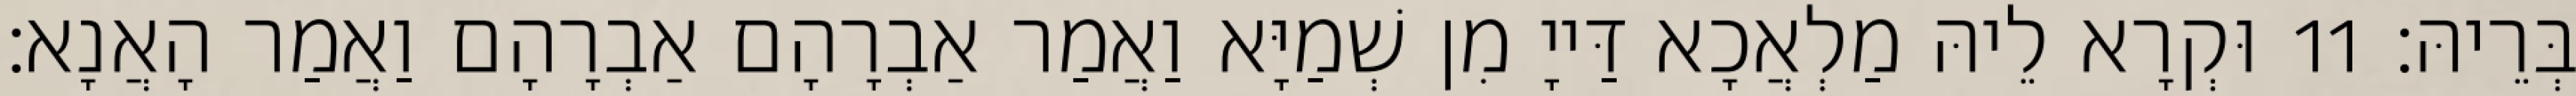
בְּרֵיהּ׃ 11 וּקְרָא לֵיהּ מַלְאֲכָא דַּייָ מִן שְׁמַיָּא וַאֲמַר אַבְרָהָם אַבְרָהָם וַאֲמַר הָאֲנָא׃